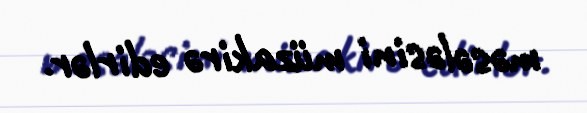
məsələsini müzakirə edirlər.